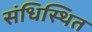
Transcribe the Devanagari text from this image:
संधिस्थित